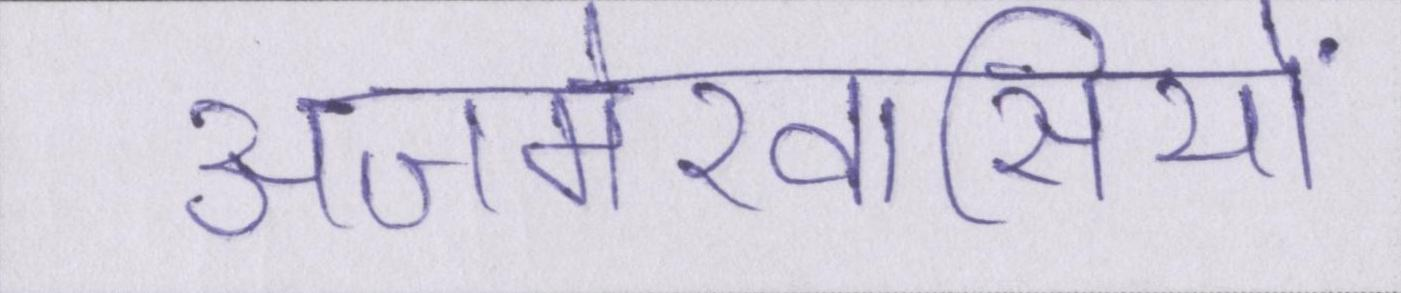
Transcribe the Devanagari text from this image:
अजमेरवासियों